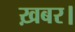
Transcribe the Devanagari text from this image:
ख़बर।